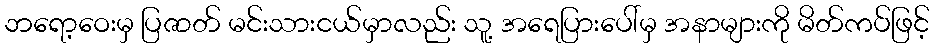
ဘရော့ဝေးမှ ပြဇာတ် မင်းသားငယ်မှာလည်း သူ့ အရေပြားပေါ်မှ အနာများကို မိတ်ကပ်ဖြင့်